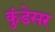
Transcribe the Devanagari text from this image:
कुंडेसर